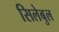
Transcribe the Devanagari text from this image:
सिलेबुल